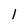
Character: l